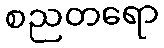
စညတရော